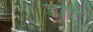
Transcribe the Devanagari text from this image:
डाएं